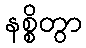
နစ္စိတွာ